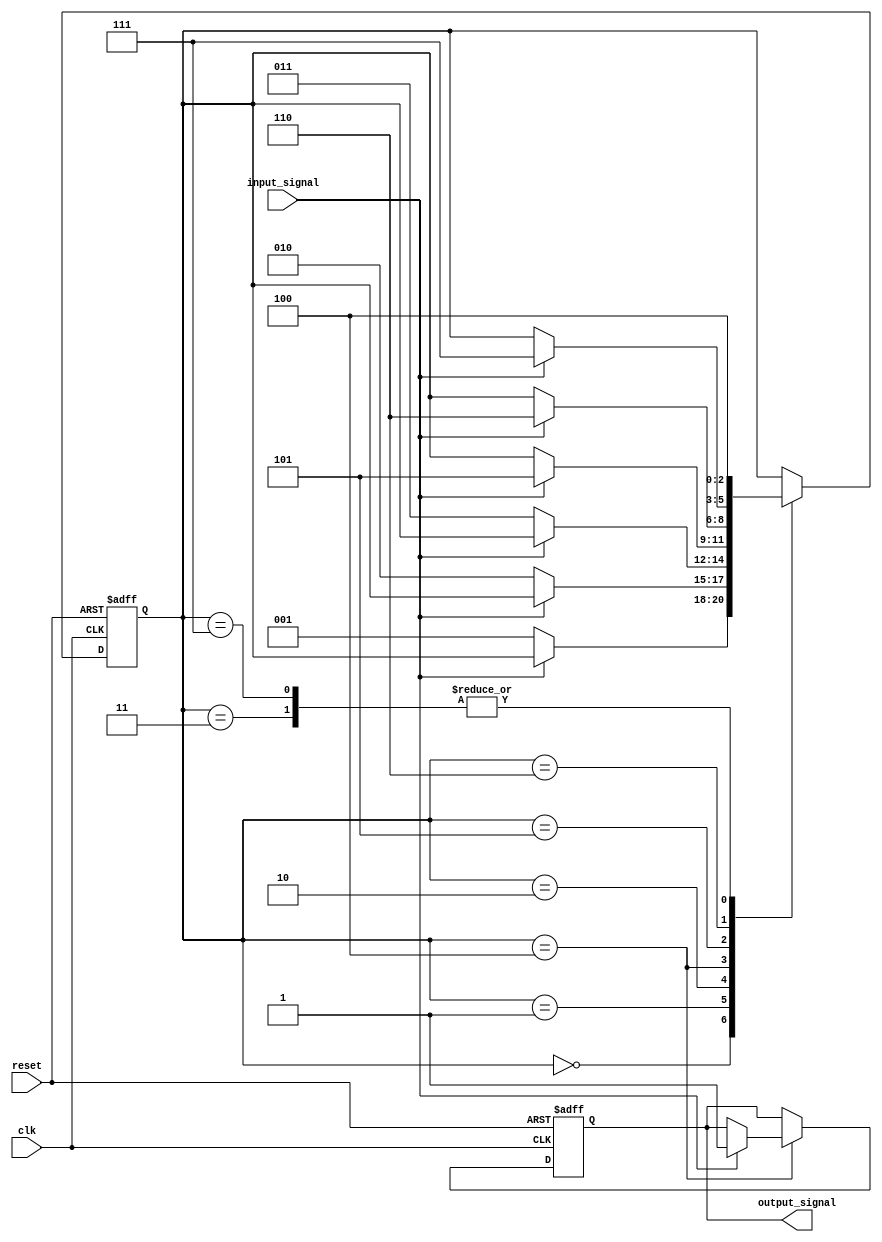
module debounce_circuit (
   input wire clk,
   input wire reset,
   input wire input_signal,
   output reg output_signal
);

reg [2:0] state;

always @(posedge clk or posedge reset) begin
   if (reset) begin
      state <= 3'b000;
      output_signal <= 1'b0;
   end else begin
      case (state)
         3'b000: if (!input_signal) state <= 3'b001;
         3'b001: if (!input_signal) state <= 3'b010;
         3'b010: if (!input_signal) state <= 3'b011;
         3'b011: state <= 3'b100;
         3'b100: if (input_signal) begin
            state <= 3'b101;
            output_signal <= 1'b1;
         end
         3'b101: if (input_signal) state <= 3'b110;
         3'b110: if (input_signal) state <= 3'b111;
         3'b111: state <= 3'b100;
      endcase
   end
end

endmodule